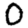
Digit: 0